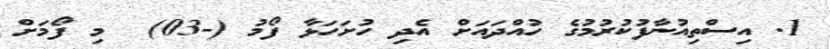
1. އިސްތިއުނާފުކުރުމުގެ ހުއްދައަށް އެދި ހުށަހަޅާ ފޯމު (-03)  މި ފޯމަށް